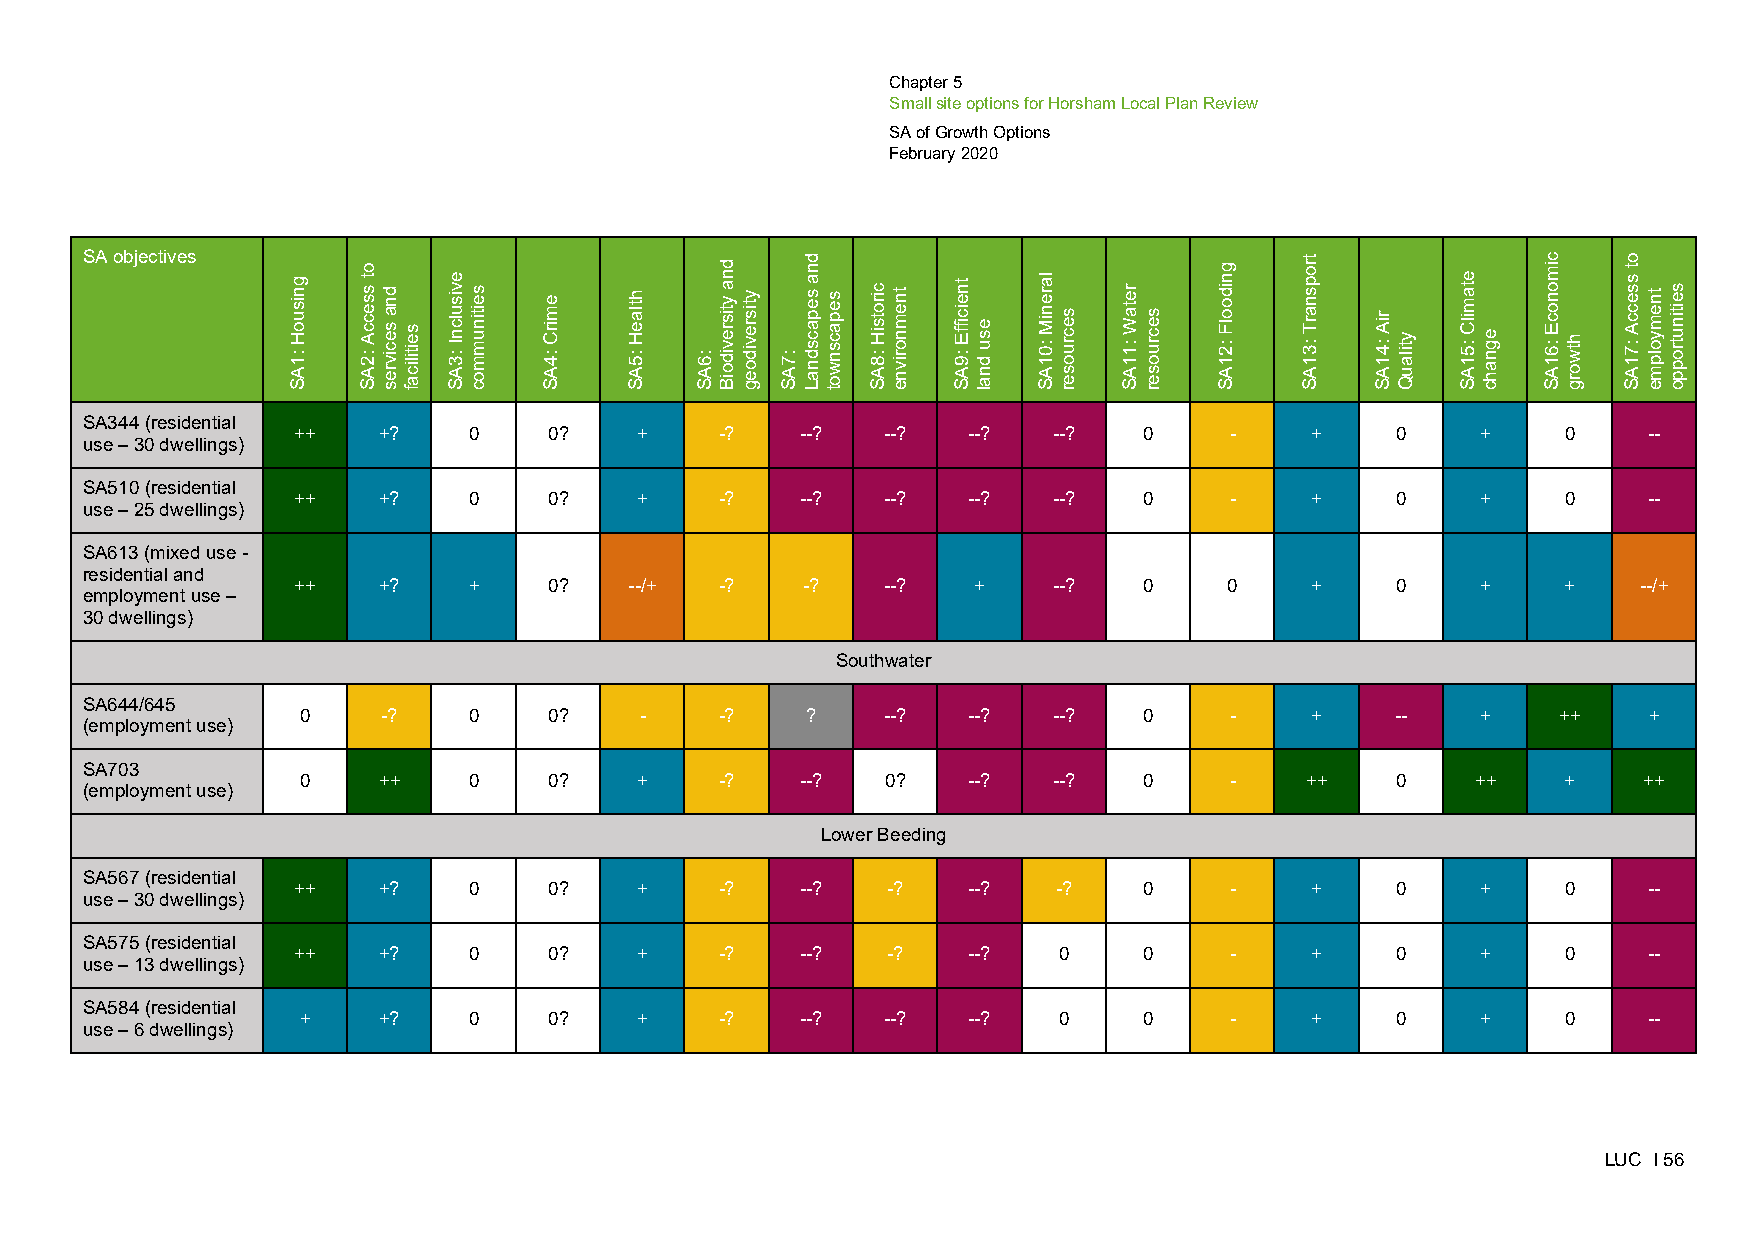
Chapter 5
 Small site options for Horsham Local Plan Review
 SA of Growth Options
 February 2020
 SA objectives
 SA344 (residential
 ++    +?    0    0?    +     -?   --?  --?   --?   --?   0    -     +    0     +     0    --
 use – 30 dwellings)
 SA510 (residential
 ++    +?    0    0?    +     -?   --?  --?   --?   --?   0    -     +    0     +     0    --
 use – 25 dwellings)
 SA613 (mixed use -
 residential and
 ++    +?    +    0?    --/+  -?   -?   --?   +     --?   0    0     +    0     +     +    --/+
 employment use –
 30 dwellings)
 Southwater
 SA644/645
 0    -?    0    0?    -     -?   ?    --?   --?   --?   0    -     +    --    +    ++    +
 (employment use)
 SA703
 0    ++    0    0?    +     -?   --?   0?   --?   --?   0    -    ++    0     ++    +    ++
 (employment use)
 Lower Beeding
 SA567 (residential
 ++    +?    0    0?    +     -?   --?   -?   --?   -?    0    -     +    0     +     0    --
 use – 30 dwellings)
 SA575 (residential
 ++    +?    0    0?    +     -?   --?   -?   --?   0     0    -     +    0     +     0    --
 use – 13 dwellings)
 SA584 (residential
 +    +?    0    0?    +     -?   --?  --?   --?   0     0    -     +    0     +     0    --
 use – 6 dwellings)
 LUC I 56
 gnisuoH
 :1AS
 ot
 sseccA
 :2AS
 dna
 secivres seitilicaf
 evisulcnI
 :3AS
 seitinummoc emirC
 :4AS
 htlaeH
 :5AS :6AS
 dna
 ytisrevidoiB ytisrevidoeg
 :7AS
 dna
 sepacsdnaL sepacsnwot cirotsiH
 :8AS
 tnemnorivne tneiciffE
 :9AS
 esu
 dnal
 lareniM
 :01AS
 secruoser
 retaW
 :11AS
 secruoser
 gnidoolF
 :21AS
 tropsnarT
 :31AS
 riA
 :41AS ytilauQ
 etamilC
 :51AS egnahc
 cimonocE
 :61AS htworg
 ot
 sseccA
 :71AS
 tnemyolpme seitinutroppo